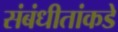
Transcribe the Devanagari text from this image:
संबंधीतांकडे